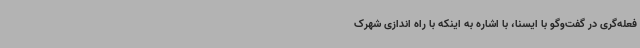
فعله‌گری در گفت‌وگو با ایسنا، با اشاره به اینکه با راه اندازی شهرک